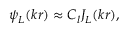
\psi _ { L } ( k r ) \approx C _ { l } J _ { L } ( k r ) ,